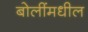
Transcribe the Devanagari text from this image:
बोलींमधील